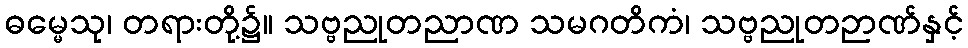
ဓမ္မေသု၊ တရားတို့၌။ သဗ္ဗညုတညာဏ သမဂတိကံ၊ သဗ္ဗညုတဉာဏ်နှင့်